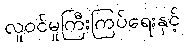
လူဝင်မှုကြီးကြပ်ရေးနှင့်